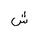
Letter: _shin